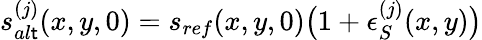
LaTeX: s_{al\mathsf{t}}^{(j)}(x,y,0)=s_{ref}(x,y,0)\big(1+\epsilon_{S}^{(j)}(x,y)\big)